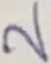
Text: 2